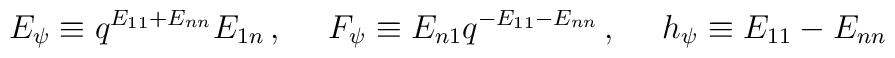
E_\psi\equiv q^{E_{11}+E_{nn}}E_{1n}\,,~~~~F_\psi\equiv E_{n1}q^{-E_{11}-E_{nn}}\,,~~~~h_\psi\equiv E_{11}-E_{nn}